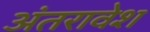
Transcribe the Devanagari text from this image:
अंतरावेश